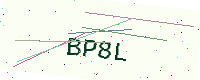
Text: BP8L